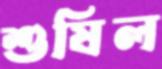
শুষিল